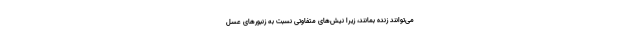
می‌توانند زنده بمانند، زیرا نیش‌های متفاوتی نسبت به زنبورهای عسل